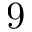
9